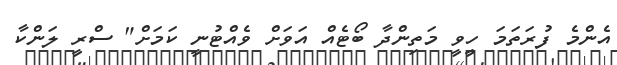
އެންމެ ފުރަތަމަ ހީވީ މަތިންދާ ބޯޓެއް އަވަށް ވެއްޓުނީ ކަމަށް" ސްރީ ލަންކާ